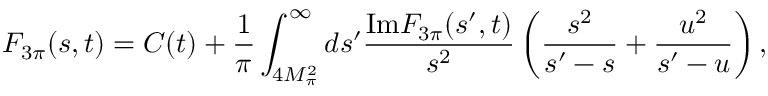
F _ { 3 \pi } ( s , t ) = C ( t ) + \frac { 1 } { \pi } \int _ { 4 M _ { \pi } ^ { 2 } } ^ { \infty } d s ^ { \prime } \frac { \mathrm { I m } F _ { 3 \pi } ( s ^ { \prime } , t ) } { s ^ { 2 } } \left( \frac { s ^ { 2 } } { s ^ { \prime } - s } + \frac { u ^ { 2 } } { s ^ { \prime } - u } \right) ,